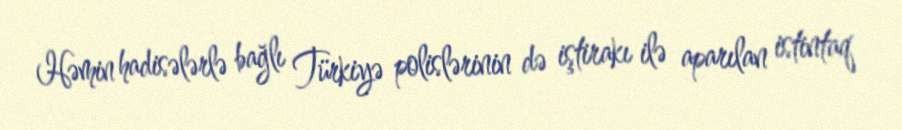
Həmin hadisələrlə bağlı Türkiyə polislərinin də iştirakı ilə aparılan istintaq